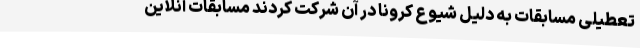
تعطیلی مسابقات به دلیل شیوع کرونا در آن شرکت کردند مسابقات آنلاین